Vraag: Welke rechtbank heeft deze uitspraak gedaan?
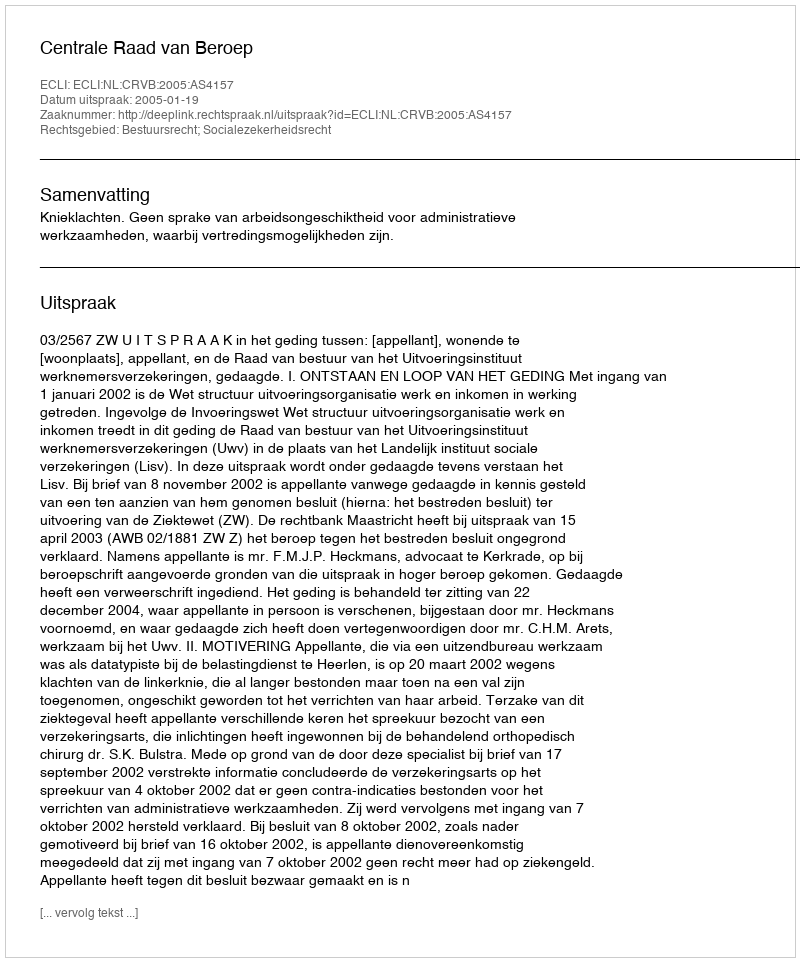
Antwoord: Centrale Raad van Beroep